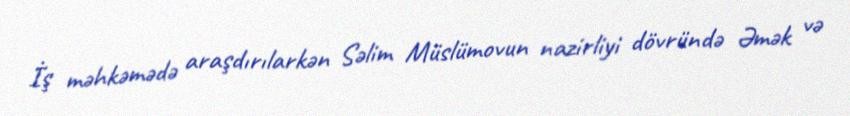
İş məhkəmədə araşdırılarkən Səlim Müslümovun nazirliyi dövründə Əmək və